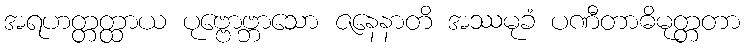
အရဟတ္တတ္ထာယ ပုဗ္ဗောဗ္ဘာသော ဇနေနာတိ အဿမုခံ ပဏီတာဓိမုတ္တတာ